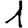
Digit: 1